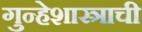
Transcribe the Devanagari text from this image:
गुन्हेशास्त्राची